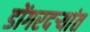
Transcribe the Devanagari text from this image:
डोंगरदर्‍यांत